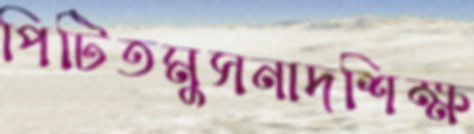
পিটিতমুসনাদশিক্ষ